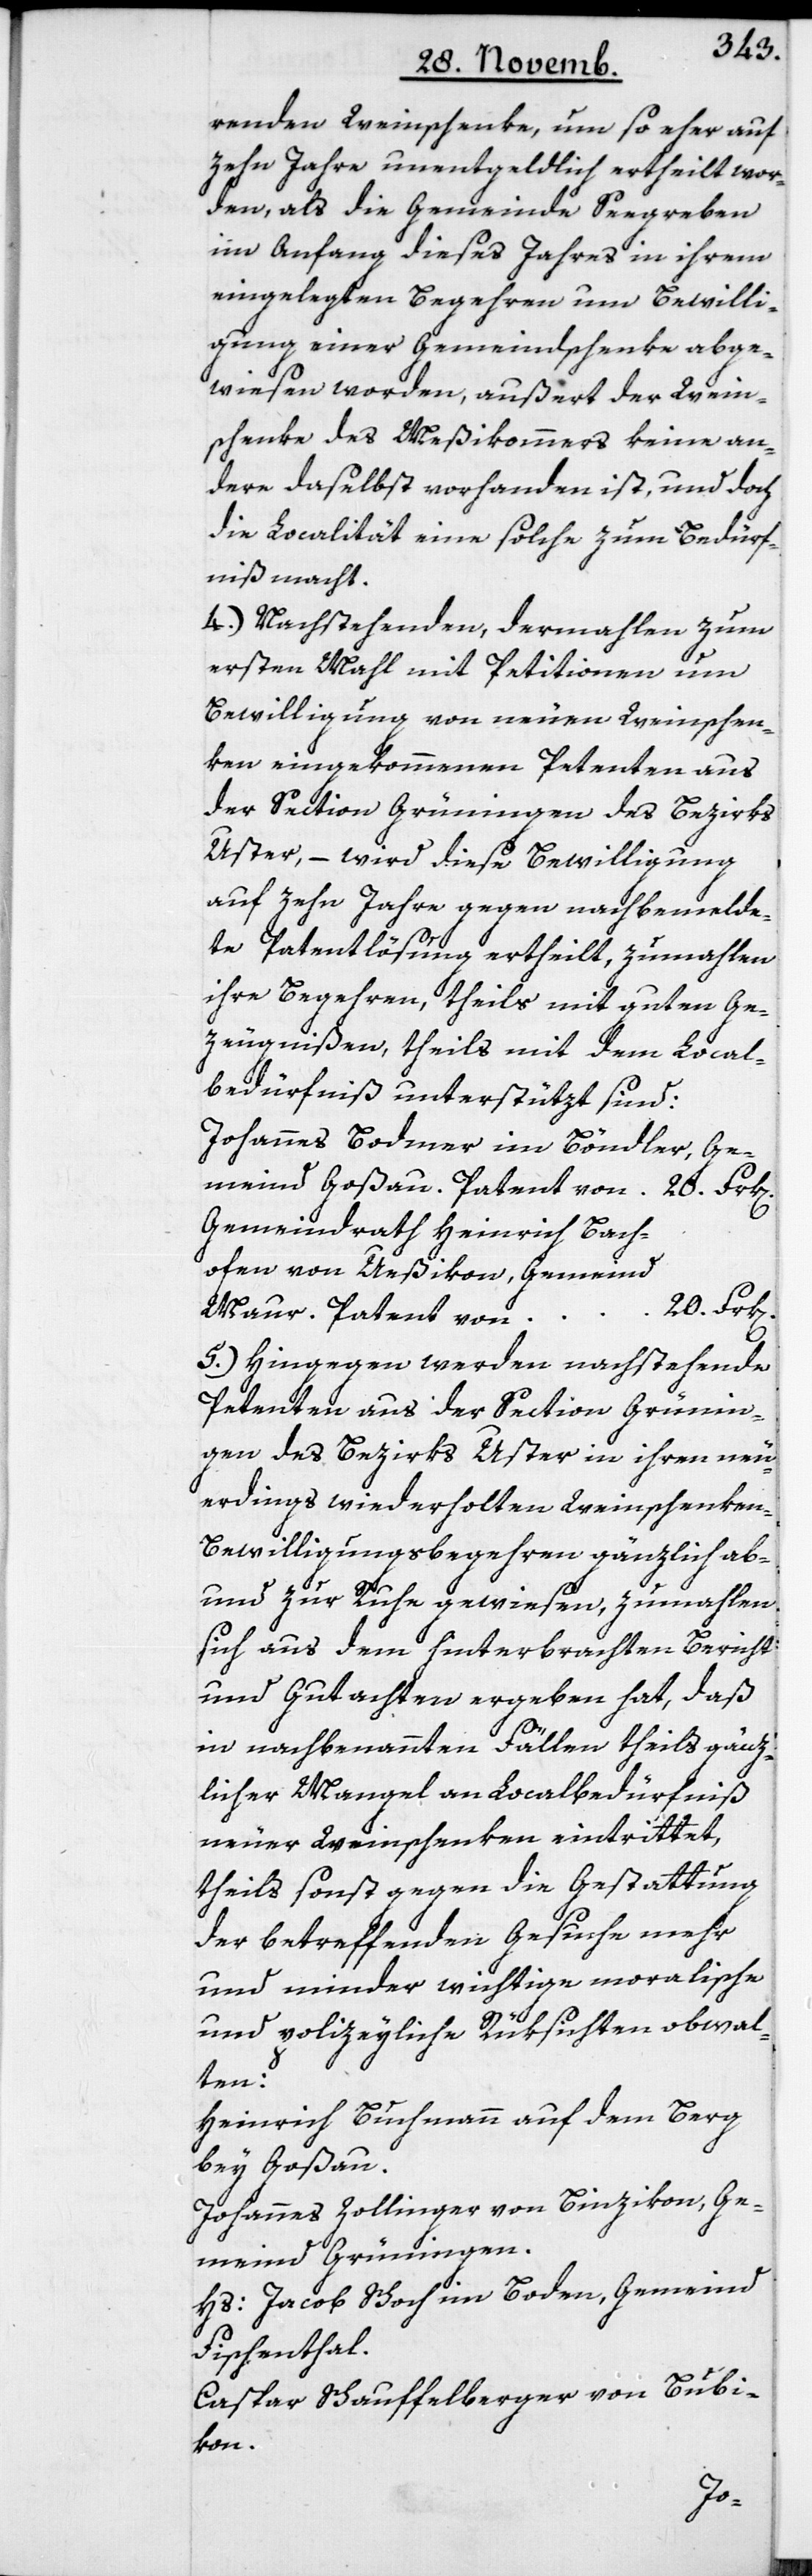
renden Weinschenke, um so eher auf
zehn Jahre unentgeldlich ertheilt wor¬
den, als die Gemeinde Seegreben
im Anfang dieses Jahres in ihrem
eingelegten Begehren um Bewilli¬
gung einer Gemeindschenke abge¬
wiesen worden, außert der Wein¬
schenke des Meßikommers keine an¬
dere daselbst vorhanden ist, und doch
die Localität eine solche zum Bedürf¬
niß macht.
4.) Nachstehenden, dermahlen zum
ersten Mahl mit Petitionen um
Bewilligung von neuen Weinschen¬
ken eingekommenen Petenten aus
der Section Grüningen des Bezirks
Uster, – wird diese Bewilligung
auf zehn Jahre gegen nachbemelde¬
te Patentlösung ertheilt, zumahlen
ihre Begehren, theils mit guten Ge¬
zeugnißen, theils mit dem Local¬
bedürfniß unterstützt sind:
Johannes Bodmer im Böndler, Ge¬
meind Goßau. Patent von 20. Frk[en].
Gemeindrath Heinrich Bach¬
ofen von Ueßikon, Gemeind
20. Fr¬
5.) Hingegen werden nachstehende
Petenten aus der Section Grünin¬
gen des Bezirks Uster in ihren neu¬
erdings wiederholten Weinschenke¬
n-Bewilligungsbegehren gänzlich ab-
und zur Ruhe gewiesen, zumahlen
sich aus dem hinterbrachten Bericht
und Gutachten ergeben hat, daß
in nachbenannten Fällen theils gänz¬
licher Mangel an Localbedürfniß
neuer Weinschenken eintrittet,
theils sonst gegen die Gestattung
der betreffenden Gesuche mehr
und minder wichtige moralische
und polizeyliche Rüksichten obwal¬
ten:
Heinrich Buchmann, auf dem Berg
bey Goßau.
Johannes Zollinger von Binzikon, Ge¬
meind Grüningen.
Hs. Jacob Schoch im Boden, Gemeind
Fischenthal.
Caspar Schauffelberger von Bubi¬
kon.